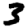
Digit: 3